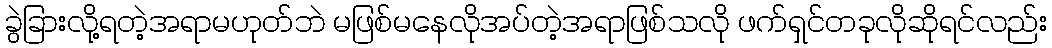
ခွဲခြားလို့ရတဲ့အရာမဟုတ်ဘဲ မဖြစ်မနေလိုအပ်တဲ့အရာဖြစ်သလို ဖက်ရှင်တခုလိုဆိုရင်လည်း